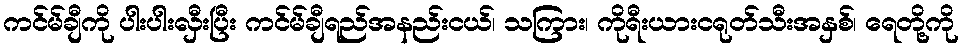
ကင်မ်ချီကို ပါးပါးလှီးပြီး ကင်မ်ချီရည်အနည်းငယ်၊ သကြား၊ ကိုရီးယားငရုတ်သီးအနှစ်၊ ရေတို့ကို